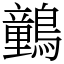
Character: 䴀